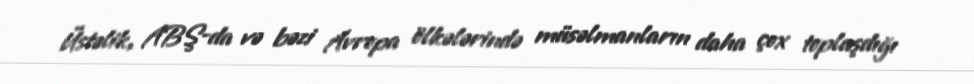
Üstəlik, ABŞ-da və bəzi Avropa ölkələrində müsəlmanların daha çox toplaşdığı